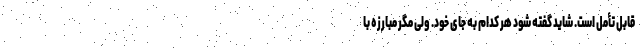
قابل تأمل است. شاید گفته شود هر کدام به جای خود. ولی مگر مبارزه با